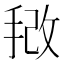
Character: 𫼿